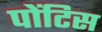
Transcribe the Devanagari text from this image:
पोंटिस